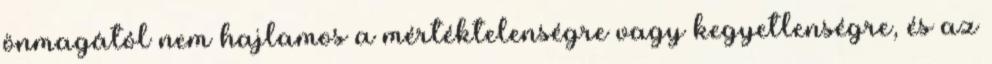
önmagától nem hajlamos a mértéktelenségre vagy kegyetlenségre, és az